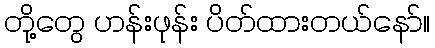
တို့တွေ ဟန်းဖုန်း ပိတ်ထားတယ်နော်။